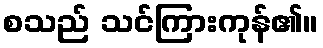
စသည် သင်ကြားကုန်၏။